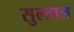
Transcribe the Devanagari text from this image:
सुल्ताल